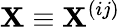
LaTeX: \mathbf{X}\equiv\mathbf{X}^{(ij)}